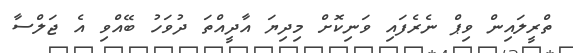
ތްރީލައިން ވިޕް ނެރެފައި ވަނިކޮށް މިދިޔަ އާދީއްތަ ދުވަހު ބޭއްވި އެ ޖަލްސާ